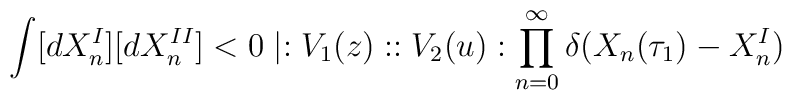
\int [dX_{n}^{I}][dX_{n}^{II}]<0\mid :V_{1}(z)::V_{2}(u): \prod_{n=0}^{\infty} \delta(X_{n}(\tau _{1})-X_{n}^{I})